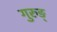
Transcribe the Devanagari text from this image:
गुरुङ्‌